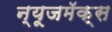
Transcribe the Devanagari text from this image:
न्यूजमॅक्स